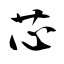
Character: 芯